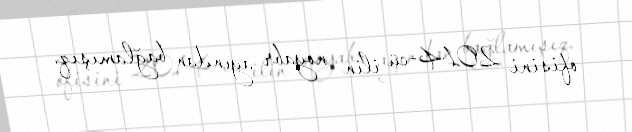
ofisini 2014-cü ilin noyabr ayından bağlamışıq.